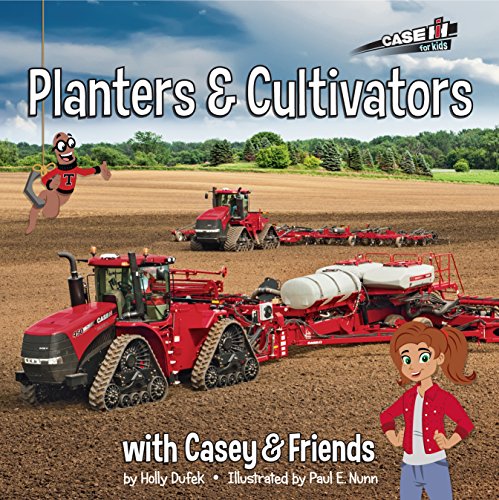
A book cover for Planters & Cultivators  (Casey and Friends); Holly Dufek; Children's Books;